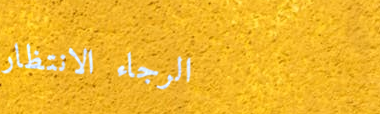
الرجاء الانتظار